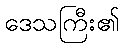
ဒေသကြီး၏